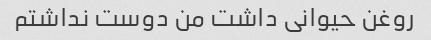
روغن حیوانی داشت من دوست نداشتم